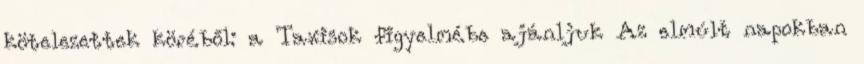
kötelezettek köréből: a Taxisok figyelmébe ajánljuk Az elmúlt napokban